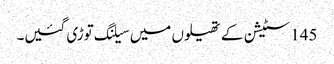
145 سٹیشن کے تھیلوں میں سیلنگ توڑی گئیں۔